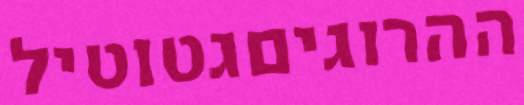
ההרוגיםגטוטיל